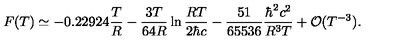
F ( T ) \simeq - 0 . 2 2 9 2 4 \frac { T } { R } - \frac { 3 T } { 6 4 R } \ln \frac { R T } { 2 \hbar c } - \frac { 5 1 } { 6 5 5 3 6 } \frac { \hbar ^ { 2 } c ^ { 2 } } { R ^ { 3 } T } + { \cal O } ( T ^ { - 3 } ) .